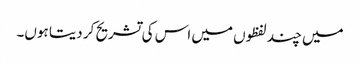
میں چند لفظوں میں اس کی تشریح کر دیتا ہوں۔